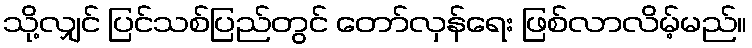
သို့လျှင် ပြင်သစ်ပြည်တွင် တော်လှန်ရေး ဖြစ်လာလိမ့်မည်။